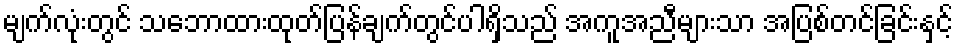
မျက်လုံးတွင် သဘောထားထုတ်ပြန်ချက်တွင်ပါရှိသည် အကူအညီများသာ အပြစ်တင်ခြင်းနှင့်